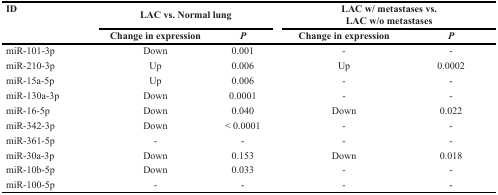
<table><thead><tr><td rowspan="2"><b>ID</b></td><td colspan="2"><b>LAC vs. Normal lung</b></td><td colspan="2"><b>LAC w/ metastases vs.LAC w/o metastases</b></td></tr><tr><td><b>Change in expression</b></td><td><b><i>P</i></b></td><td><b>Change in expression</b></td><td><b><i>P</i></b></td></tr></thead><tbody><tr><td>miR-101-3p</td><td>Down</td><td>0.001</td><td>-</td><td>-</td></tr><tr><td>miR-210-3p</td><td>Up</td><td>0.006</td><td>Up</td><td>0.0002</td></tr><tr><td>miR-15a-5p</td><td>Up</td><td>0.006</td><td>-</td><td>-</td></tr><tr><td>miR-130a-3p</td><td>Down</td><td>0.0001</td><td>-</td><td>-</td></tr><tr><td>miR-16-5p</td><td>Down</td><td>0.040</td><td>Down</td><td>0.022</td></tr><tr><td>miR-342-3p</td><td>Down</td><td>&lt; 0.0001</td><td>-</td><td>-</td></tr><tr><td>miR-361-5p</td><td>-</td><td>-</td><td>-</td><td>-</td></tr><tr><td>miR-30a-3p</td><td>Down</td><td>0.153</td><td>Down</td><td>0.018</td></tr><tr><td>miR-10b-5p</td><td>Down</td><td>0.033</td><td>-</td><td>-</td></tr><tr><td>miR-100-5p</td><td>-</td><td>-</td><td>-</td><td>-</td></tr></tbody></table>